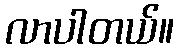
လာပါတယ်။